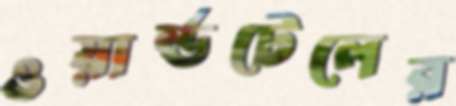
ওয়ার্ল্ডটেলের